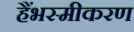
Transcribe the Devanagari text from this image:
हैंभस्मीकरण